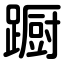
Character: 蹰